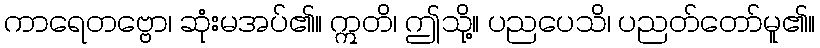
ကာရေတဗ္ဗော၊ ဆုံးမအပ်၏။ ဣတိ၊ ဤသို့။ ပညပေသိ၊ ပညတ်တော်မူ၏။